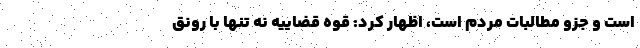
است و جزو مطالبات مردم است، اظهار کرد: قوه قضاییه نه تنها با رونق